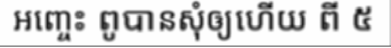
អញ្ចេះ ពូបានសុំឲ្យហើយ ពី ៥